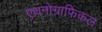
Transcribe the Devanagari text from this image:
एथनोग्राफिकल